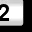
Digit: 2